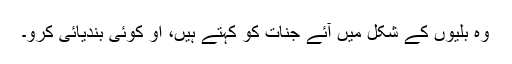
وہ بلیوں کے شکل میں آئے جنات کو کہتے ہیں، او کوئی بندیائی کرو۔